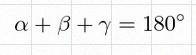
\alpha+\beta+\gamma=180^\circ